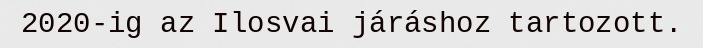
2020-ig az Ilosvai járáshoz tartozott.